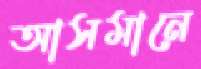
আসমানে